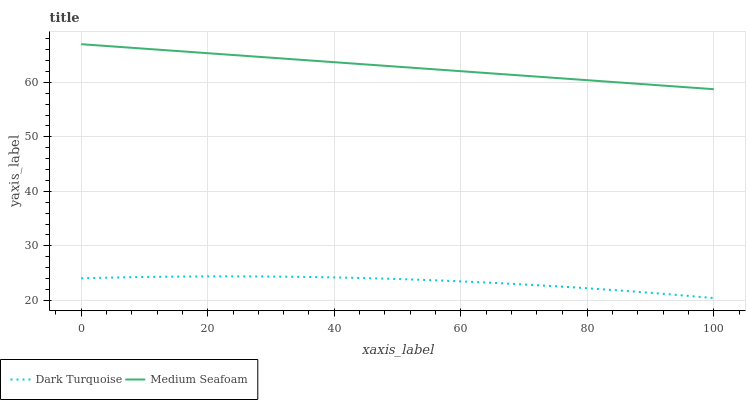
| xaxis_label | Dark Turquoise | Medium Seafoam |
 | --- | --- | --- |
 | 0 | 24.1 | 67 |
 | 7.14 | 24.2 | 66.4 |
 | 14.3 | 24.4 | 65.8 |
 | 21.4 | 24.4 | 65.2 |
 | 28.6 | 24.4 | 64.6 |
 | 35.7 | 24.3 | 64.1 |
 | 42.9 | 24.1 | 63.5 |
 | 50 | 23.9 | 62.9 |
 | 57.1 | 23.6 | 62.3 |
 | 64.3 | 23.3 | 61.7 |
 | 71.4 | 22.8 | 61.1 |
 | 78.6 | 22.3 | 60.5 |
 | 85.7 | 21.8 | 59.9 |
 | 92.9 | 21.1 | 59.3 |
 | 100 | 20.4 | 58.7 |